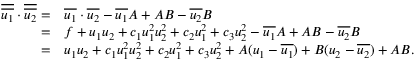
\begin{array} { r l } { \overline { { \overline { { u _ { 1 } } } } } \cdot \overline { { \overline { { u _ { 2 } } } } } = } & { \overline { { u _ { 1 } } } \cdot \overline { { u _ { 2 } } } - \overline { { u _ { 1 } } } A + A B - \overline { { u _ { 2 } } } B } \\ { = } & { f + u _ { 1 } u _ { 2 } + c _ { 1 } u _ { 1 } ^ { 2 } u _ { 2 } ^ { 2 } + c _ { 2 } u _ { 1 } ^ { 2 } + c _ { 3 } u _ { 2 } ^ { 2 } - \overline { { u _ { 1 } } } A + A B - \overline { { u _ { 2 } } } B } \\ { = } & { u _ { 1 } u _ { 2 } + c _ { 1 } u _ { 1 } ^ { 2 } u _ { 2 } ^ { 2 } + c _ { 2 } u _ { 1 } ^ { 2 } + c _ { 3 } u _ { 2 } ^ { 2 } + A ( u _ { 1 } - \overline { { u _ { 1 } } } ) + B ( u _ { 2 } - \overline { { u _ { 2 } } } ) + A B . } \end{array}